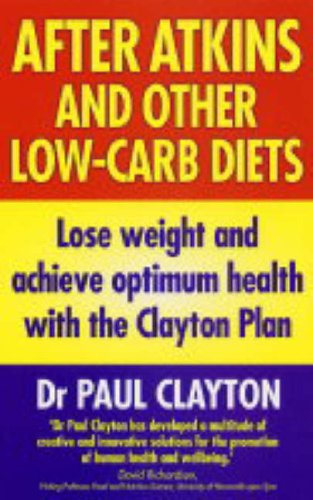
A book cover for After Atkins and other Low-carb Diets; Paul Clayton; Health, Fitness & Dieting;